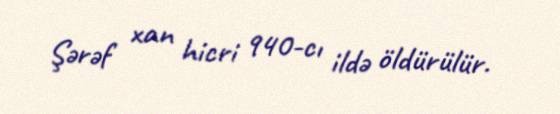
Şərəf xan hicri 940-cı ildə öldürülür.